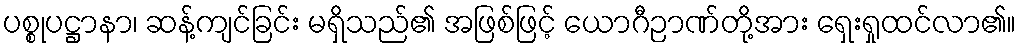
ပစ္စုပဋ္ဌာနာ၊ ဆန့်ကျင်ခြင်း မရှိသည်၏ အဖြစ်ဖြင့် ယောဂီဉာဏ်တို့အား ရှေးရှုထင်လာ၏။